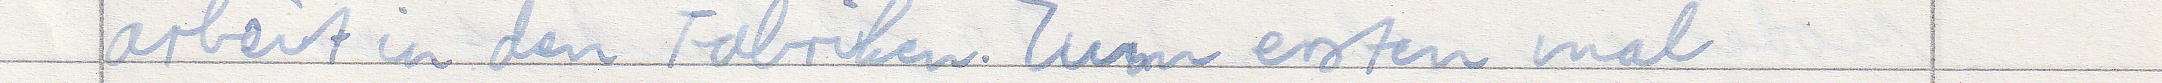
arbeit in den Fabriken. Zum ersten mal